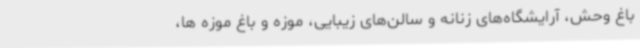
باغ وحش، آرایشگاه‌های زنانه و سالن‌های زیبایی، موزه و باغ موزه ها،